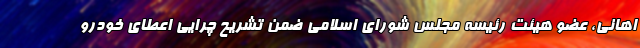
اهانی، عضو هیئت رئیسه مجلس شورای اسلامی ضمن تشریح چرایی اعطای خودرو